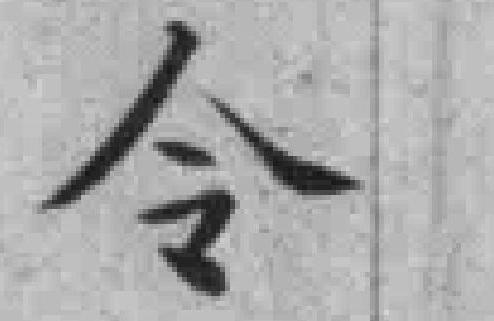
令